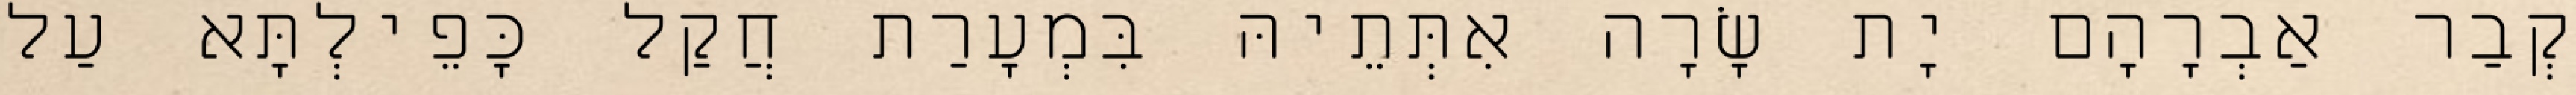
קְבַר אַבְרָהָם יָת שָׂרָה אִתְּתֵיהּ בִּמְעָרַת חֲקַל כָּפֵילְתָּא עַל